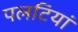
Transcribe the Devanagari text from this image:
पलटियां